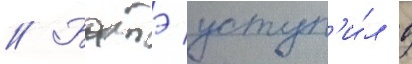
// Батэ уступ'и́л в